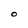
Character: O